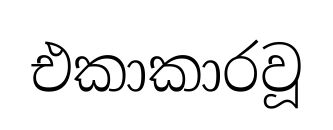
එකාකාරවූ